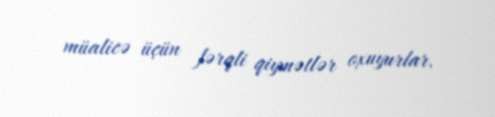
müalicə üçün fərqli qiymətlər oxuyurlar.